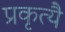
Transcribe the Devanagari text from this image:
प्रकृत्यै